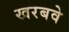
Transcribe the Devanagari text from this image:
खरबवे